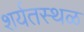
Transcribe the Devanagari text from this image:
शर्यतस्थळ